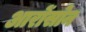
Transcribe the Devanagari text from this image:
आरोंसोन